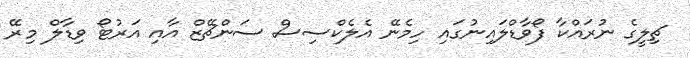
ޗިލީގެ ނުރައްކާ ފޯވާޑްލައިނުގައި ހިމެނޭ އެލެކްސިސް ސަންޗޭޒް އާއި އަރުޓޯ ވިޑާލް މިރޭ